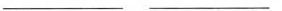
___ ___